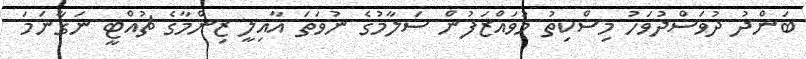
ބަންދު ދުވަސްދުވަހު މިސްކިތު މުވައްޒަފުން ސަލާމުގެ ނުވަތަ އާއިލީ ޒިންމާގެ ޗުއްޓީ ނަގާނަމަ